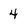
Character: 4